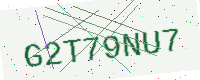
Text: G2T79NU7